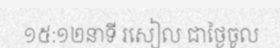
១៥:១២នាទី រសៀល ជាថ្ងៃចូល